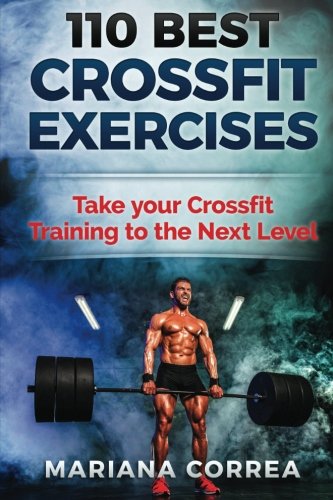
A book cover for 110  BEST CROSSFIT Exercises: Take your Crossfit Training to the Next Level; Mariana Correa; Sports & Outdoors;